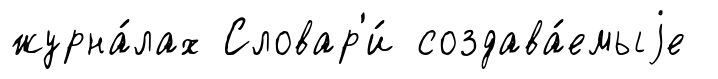
журна́лах Словар'и́ создава́емыjе